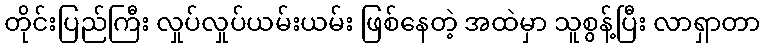
တိုင်းပြည်ကြီး လှုပ်လှုပ်ယမ်းယမ်း ဖြစ်နေတဲ့ အထဲမှာ သူစွန့်ပြီး လာရှာတာ